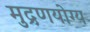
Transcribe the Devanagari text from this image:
मुद्रणयोग्य